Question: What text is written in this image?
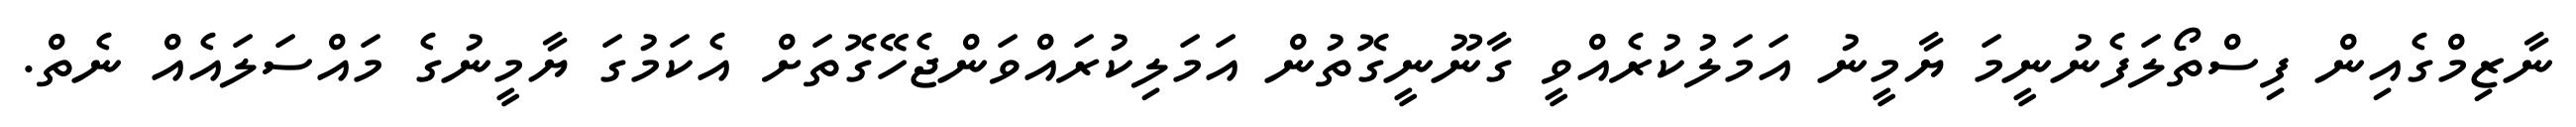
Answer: ނާޒިމްގެއިން ފިސްތޯލަފެނުނީމަ ޔާމީނު އަމަލުކުރެއްވީ ގާނޫނީގޮތުން އަމަލިކުރައްވަންޖެހޭގޮތަށް އެކަމުގަ ޔާމީނުގެ މައްސަލައެއް ނެތް.